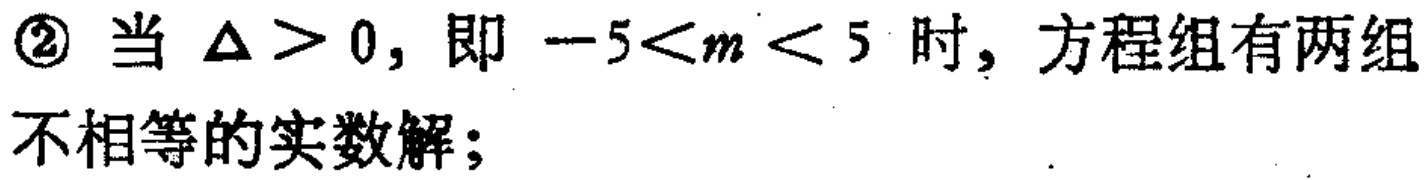
\textcircled{2} 当 $\Delta > 0$, 即 $-5<m<5$ 时, 方程组有两组不相等的实数解;